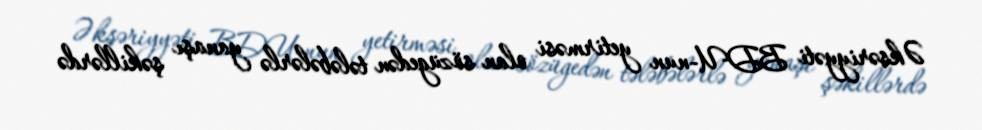
Əksəriyyəti BDU-nun yetirməsi olan sözügedən tələbələrlə yanaşı şəkillərdə